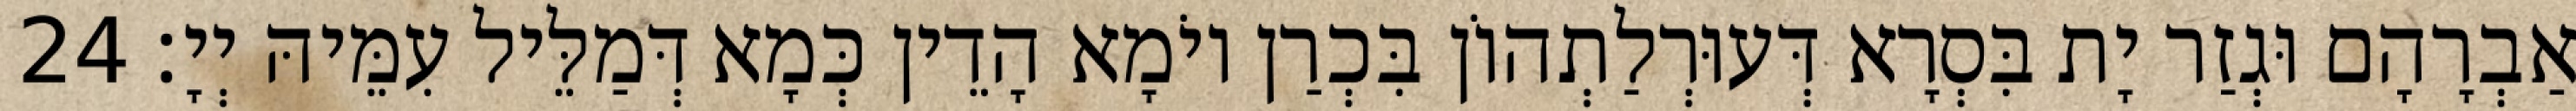
אַבְרָהָם וּגְזַר יָת בִּסְרָא דְּעוּרְלַתְהוֹן בִּכְרַן יוֹמָא הָדֵין כְּמָא דְּמַלֵּיל עִמֵּיהּ יְיָ׃ 24